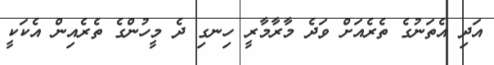
އަދި އެތަނުގެ ތެރެއަށް ވަދެ މާރާމާރީ ހިނގި ދެ މީހުންގެ ތެރެއިން އެކަކީ